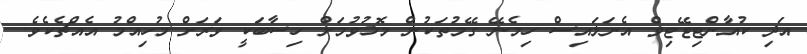
އަދި ކުއާންޓިޓޭޓިވް އެނަލައިސް ހިމެނޭ ގޭމުތަކުން މޮޅުވުމަށް ހިސާބަކީ ވަރަށް މުހިއްމު އެއްޗެކެވެ.